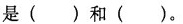
是()和()。